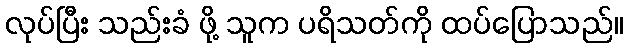
လုပ်ပြီး သည်းခံ ဖို့ သူက ပရိသတ်ကို ထပ်ပြောသည်။